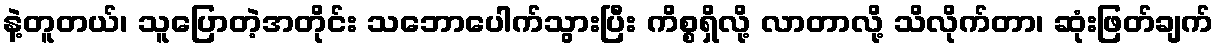
နဲ့တူတယ်၊ သူပြောတဲ့အတိုင်း သဘောပေါက်သွားပြီး ကိစ္စရှိလို့ လာတာလို့ သိလိုက်တာ၊ ဆုံးဖြတ်ချက်